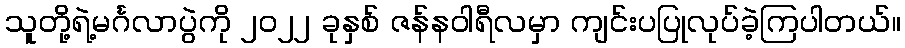
သူတို့ရဲ့မင်္ဂလာပွဲကို ၂၀၂၂ ခုနှစ် ဇန်နဝါရီလမှာ ကျင်းပပြုလုပ်ခဲ့ကြပါတယ်။